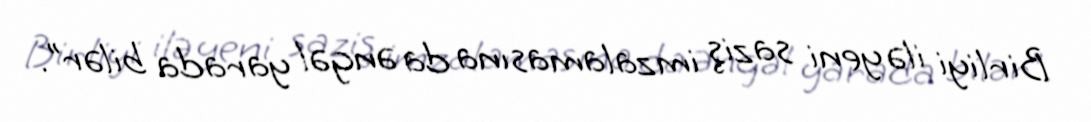
Birliyi ilə yeni saziş imzalamasına da əngəl yarada bilər”.